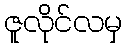
ဇူလိုင်လမှ